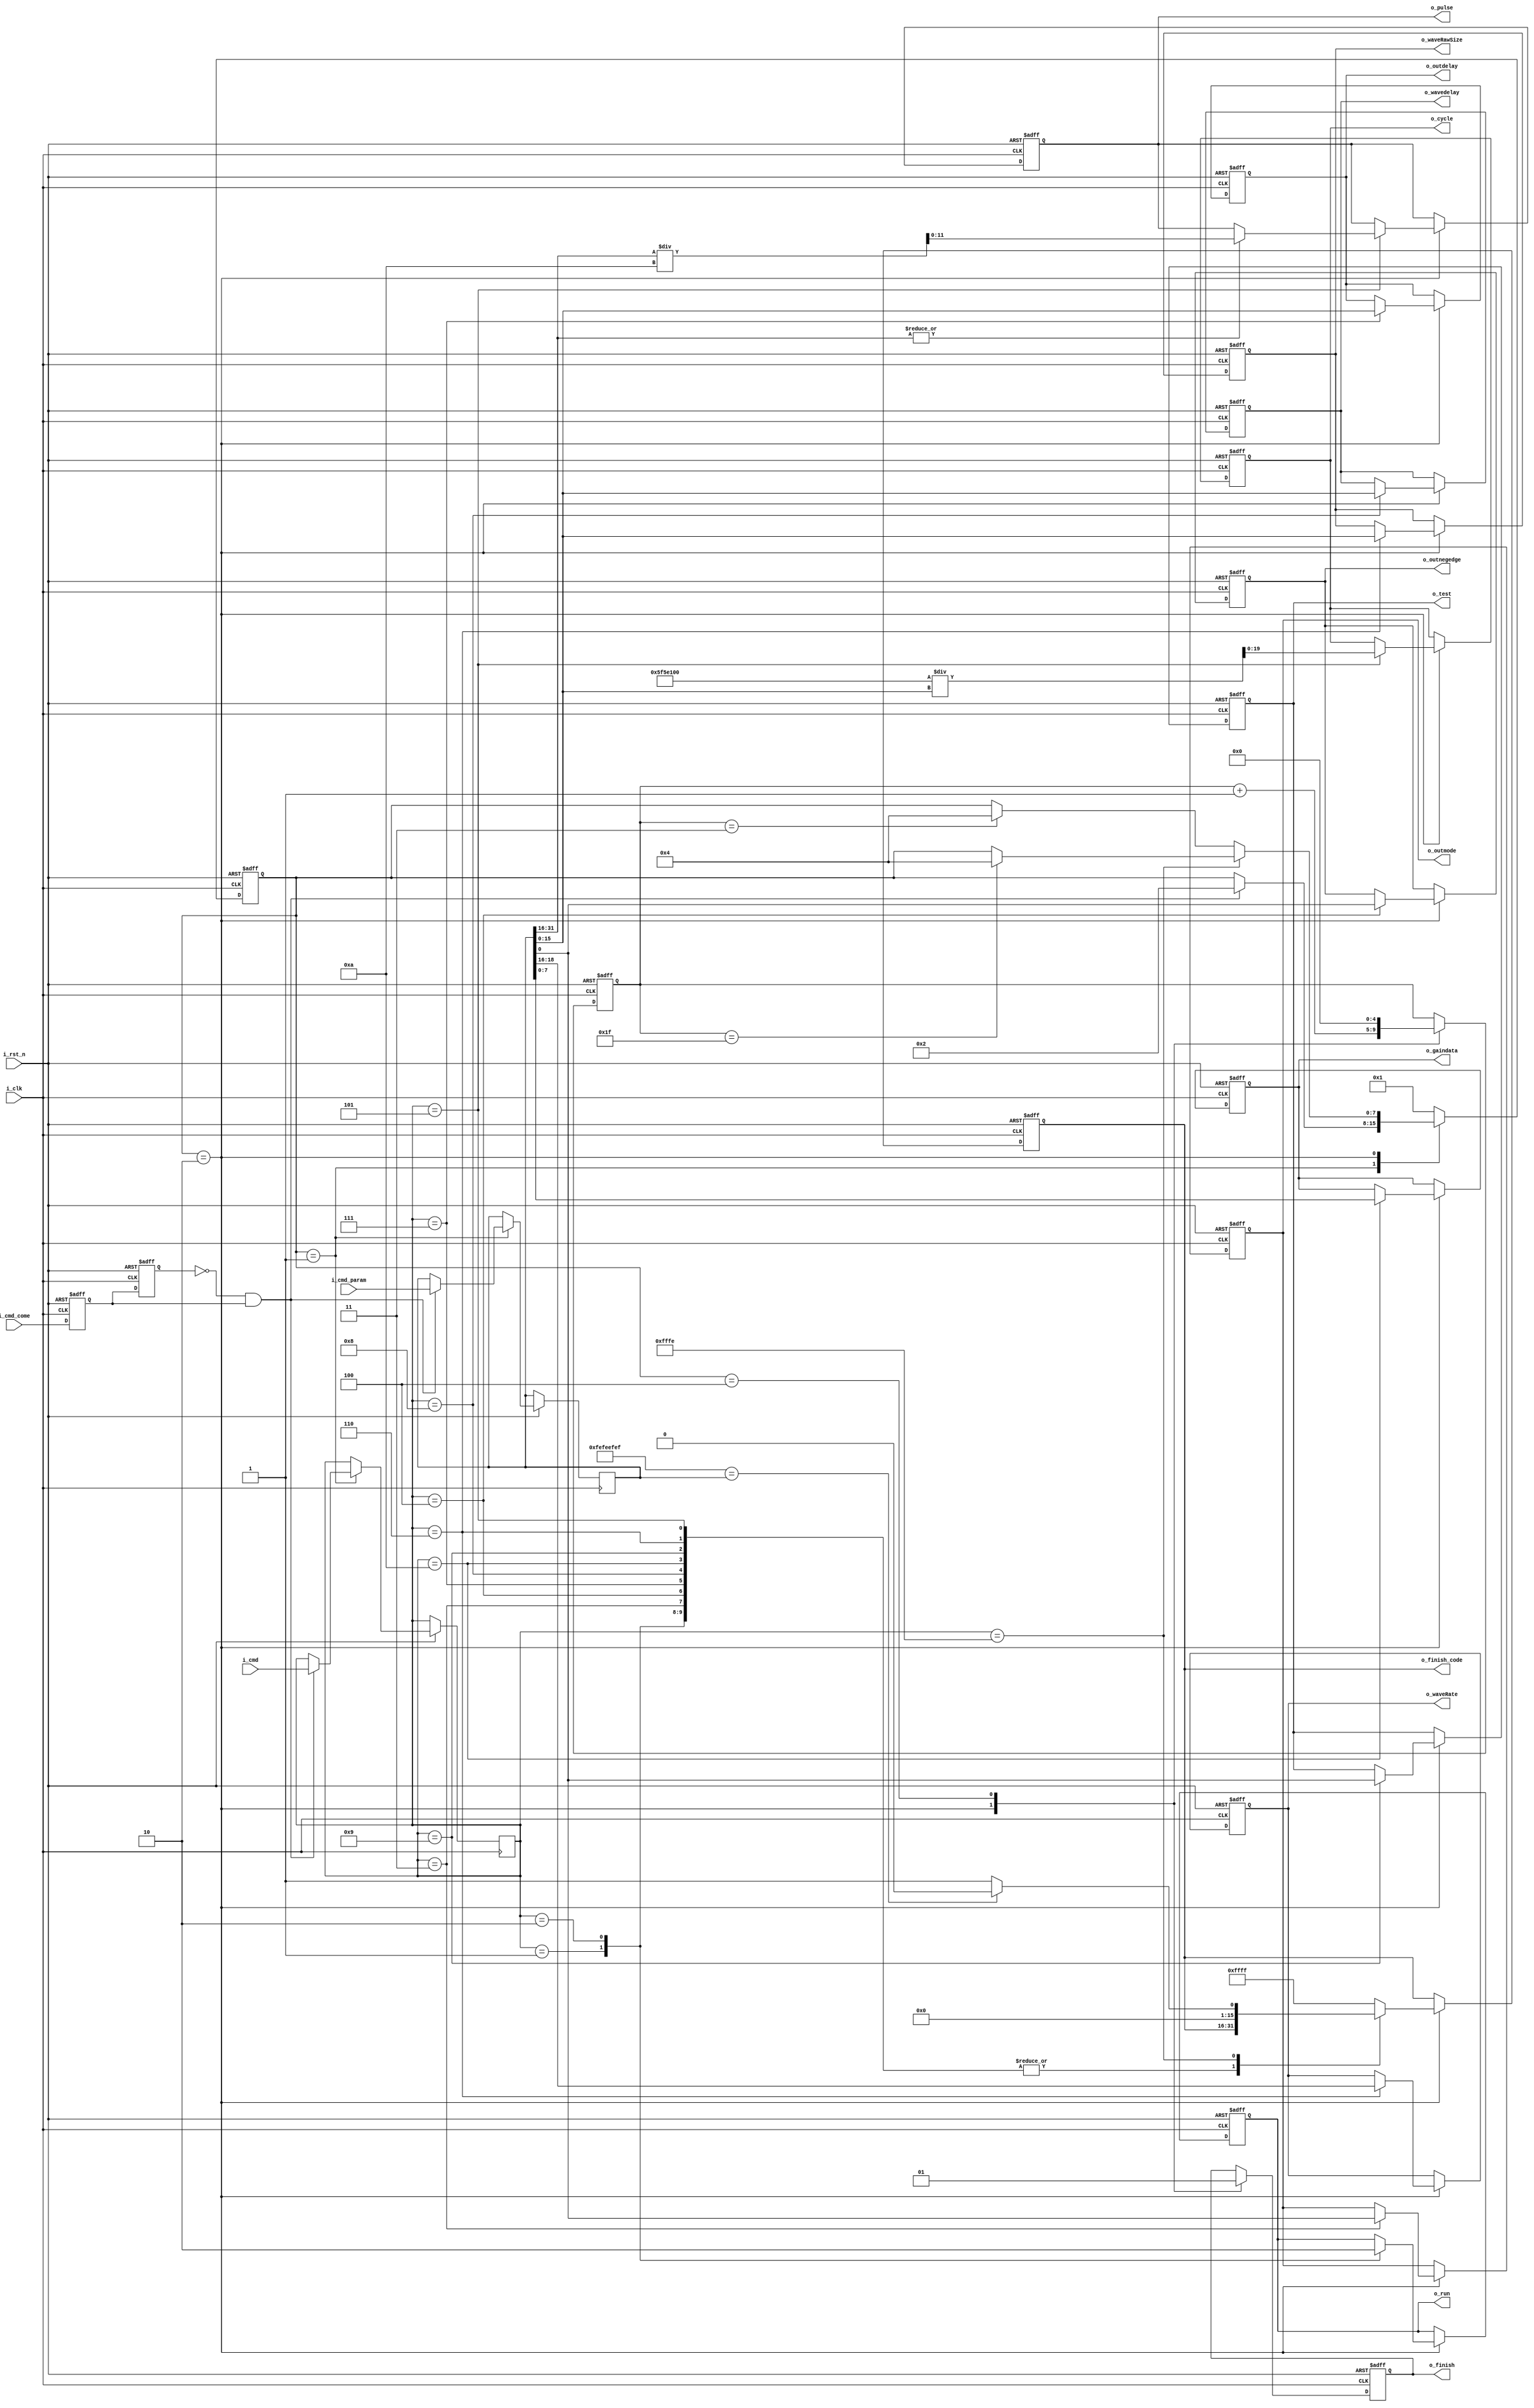
module cmdproc
(
	input i_clk,i_rst_n,
	input i_cmd_come,		//async
	input [15:0] i_cmd,				
	input [31:0] i_cmd_param,	
	output reg o_run,o_outmode,o_outnegedge,
	output reg [15:0] o_waveRawSize,
	output reg [2:0] o_waveRate,
	output reg [19:0] o_cycle,			//the unit is 10ns
	output reg [11:0] o_pulse,			//the unit is 10ns
	output reg [15:0] o_outdelay,		//the unit is 10ns
	output reg [15:0] o_wavedelay,	//the unit is 10ns
	output reg [7:0] o_gaindata,
	output reg o_test,
	output reg o_finish,
	output reg [15:0] o_finish_code
);

	localparam ST_IDEL = 8'd1;
	localparam ST_PROC = 8'd2;
	localparam ST_END = 8'd4;
	
	localparam GLOBAL_IDENT = 32'hFEFEEFEF;
	
	localparam CMD_START_RUN = 16'd1;
	localparam CMD_STOP_RUN = 16'd2;
	localparam CMD_SET_TRIG_MODE = 16'd3;
	localparam CMD_SET_TRIG_EDGE = 16'd4;
	localparam CMD_SET_TRIG_FREQU = 16'd5;
	localparam CMD_SET_WAVE_SIZE = 16'd6;
	localparam CMD_SET_OUTTRIG_DELAY = 16'd7;
	localparam CMD_SET_TRIGWAVE_DELAY = 16'd8;
	localparam CMD_SET_TEST = 16'd9;
	localparam CMD_SET_GAIN = 16'd10;
	localparam CMD_SET_SERVER = 16'hFFFE;
	localparam CMD_SET_LOCAL = 16'hFFFD;
	
	localparam ERR_IDENT_ERROR = 16'd1;
	
	reg cmd_come, _cmd_come;
	reg [15:0] cmd;
	reg [31:0] param;
	
	always @(posedge i_clk or negedge i_rst_n)
	if(!i_rst_n)
	begin
		_cmd_come <= 1'b1;
		cmd_come <= 1'b1;
	end
	else
	begin
		{cmd_come,_cmd_come} <= {_cmd_come,i_cmd_come};
	end
	
	always @(posedge i_clk or negedge i_rst_n)
	if(!i_rst_n)
	begin
		o_run <= 0;
		o_outmode <= 0;
		o_outnegedge <= 0;
		o_waveRawSize <= 16'd32;
		o_waveRate <= 3'd1;
		o_cycle <= 20'd1000000;
		o_pulse <= 12'd100;
		o_outdelay <= 0;
		o_wavedelay <= 0;
		o_test <= 0;
		o_gaindata <= 8'd100;
		o_finish_code <= 0;
	end
	else
	case(state)			
		ST_PROC:
		begin
			case(cmd)
			CMD_START_RUN:
				o_run <= 1'd1;
				
			CMD_STOP_RUN:
				o_run <= 0;
				
			CMD_SET_TRIG_MODE:
				o_outmode <= param[0];
				
			CMD_SET_TRIG_EDGE:
				o_outnegedge <= param[0];
				
			CMD_SET_WAVE_SIZE:
				{o_waveRate,o_waveRawSize} <= param[18:0];
				
			CMD_SET_TRIG_FREQU:
			begin
				if(|param[31:16])
					o_pulse <= param[31:16] / 10;
				o_cycle <= 100000000	/ param[15:0];	
			end
			
			CMD_SET_OUTTRIG_DELAY:
				o_outdelay <= param[15:0];
				
			CMD_SET_TRIGWAVE_DELAY:
				o_wavedelay <= param[15:0];
				
			CMD_SET_GAIN:
				o_gaindata <= param[7:0];
				
			CMD_SET_TEST:
				o_test <= param[0];
				
			CMD_SET_SERVER:
				o_finish_code <= (GLOBAL_IDENT == param) ? 0 : ERR_IDENT_ERROR;
				
			default:
				o_finish_code <= 16'hFFFF;
			endcase
		end
			
	endcase
	
	
	reg [7:0] state;
	reg [4:0] cnt;
	
	always @(posedge i_clk or negedge i_rst_n)
	if(!i_rst_n)
	begin
		cnt <= 0;
		o_finish <= 0;
		state <= ST_IDEL;
	end
	else
		case(state)
		ST_IDEL:
		if(!cmd_come & _cmd_come) 
		begin
			state <= ST_PROC;
			cmd <= i_cmd;
			param <= i_cmd_param;
		end
			
		ST_PROC:
		begin
			o_finish <= 0;
			cnt <= cnt + 1'd1;
			if(cmd==CMD_SET_SERVER)
			begin
				if(cnt == 5'd31)
					state <= ST_END;
			end
			else
			begin
				if(cnt == 5'd3)
					state <= ST_END;
			end
		end
		
		ST_END:
		begin
			o_finish <= 1'd1;
			state <= ST_IDEL;
			cnt <= 0;
		end
		
		default:
			state <= ST_IDEL;
			
		endcase

endmodule